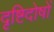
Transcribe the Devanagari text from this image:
दृष्टिदोषों